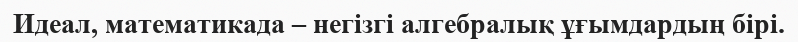
Идеал, математикада – негізгі алгебралық ұғымдардың бірі.